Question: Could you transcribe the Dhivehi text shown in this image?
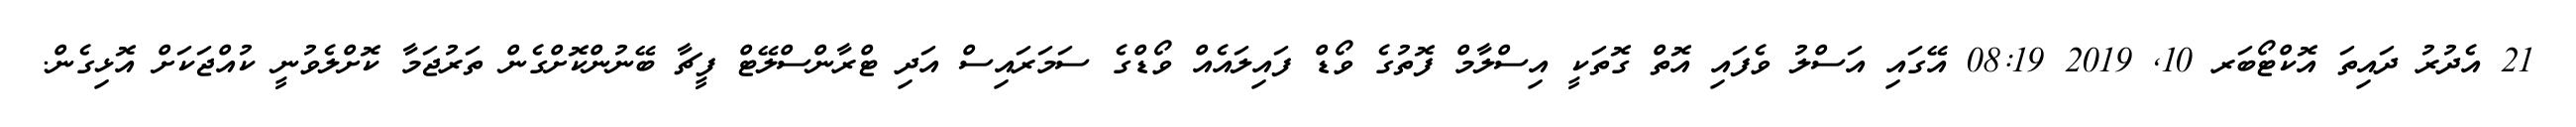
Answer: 21 އެދުރު ދައިތަ އޮކްޓޯބަރ 10, 2019 08:19 އޭގައި އަސްލު ވެފައި އޮތް ގޮތަކީ އިސްލާމް ފޮތުގެ ވޯޑް ފައިލައެއް ވޯޑްގެ ސަމަރައިސް އަދި ޓްރާންސްލޭޓް ފީޗާ ބޭނުންކޮށްގެން ތަރުޖަމާ ކޮށްލެވުނީ ކުއްޖަކަށް އޮޅިގެން.